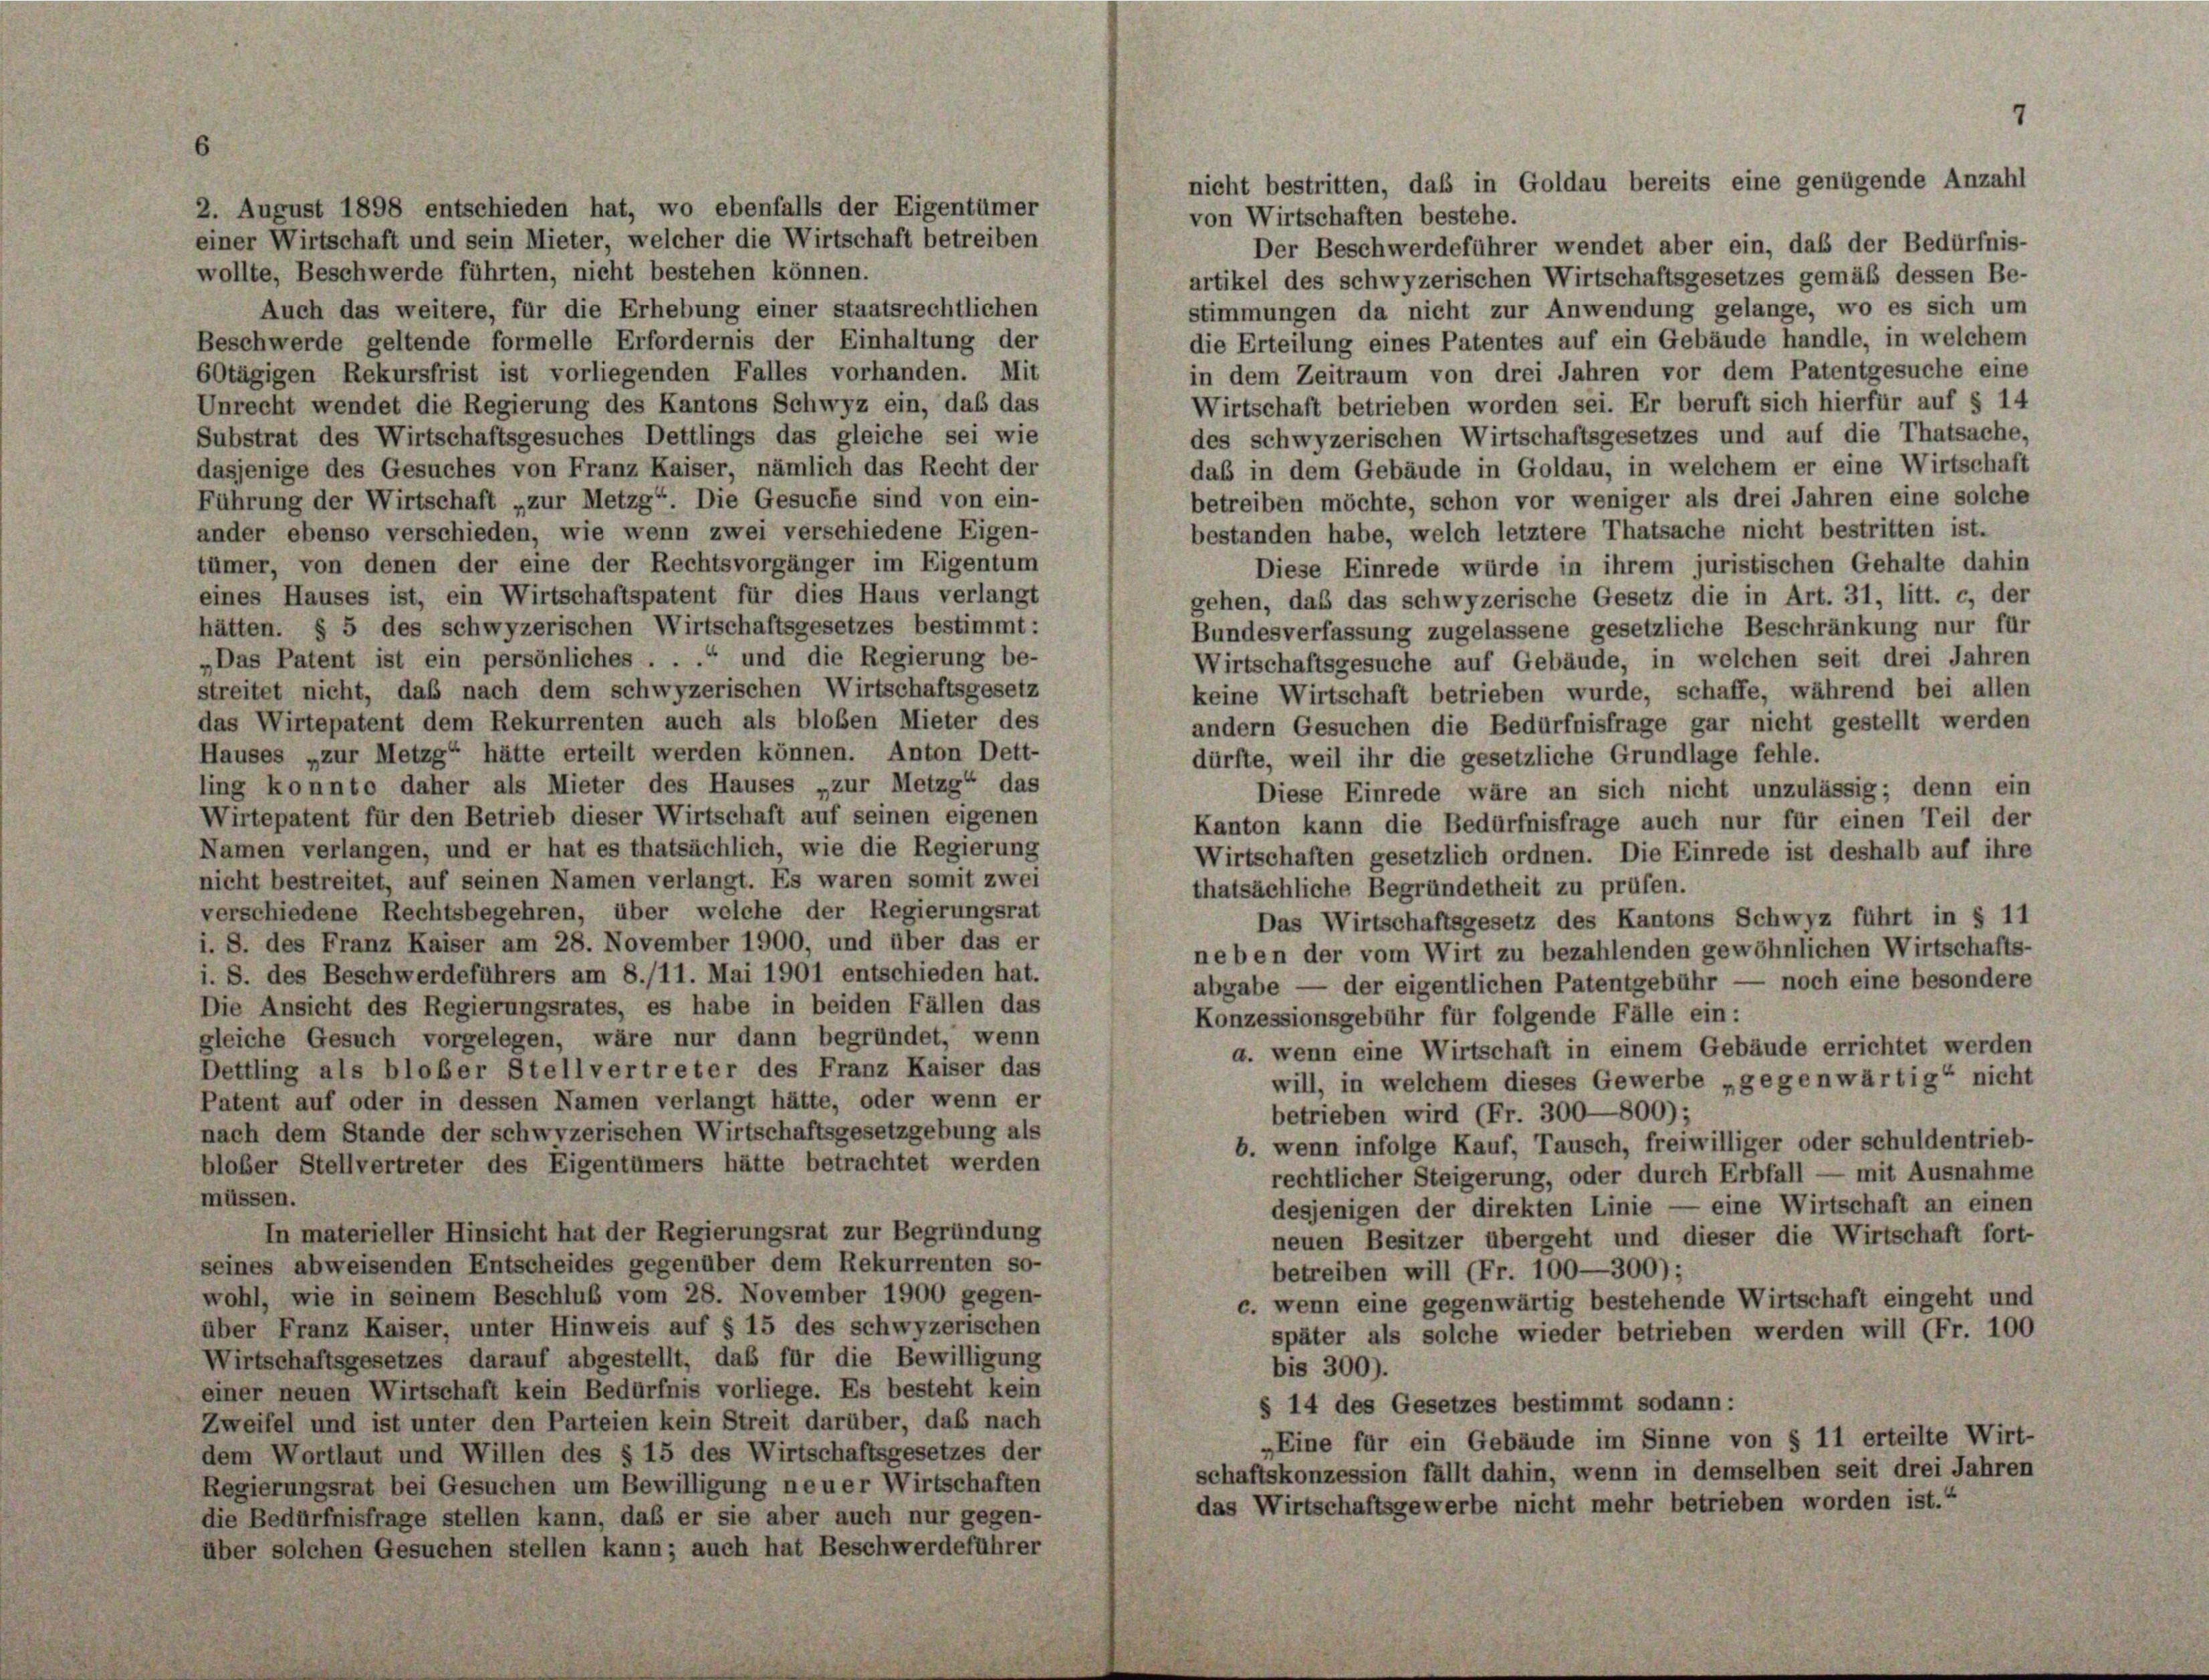
2. August 1898 entschieden hat, wo ebenfalls der Eigentümer
von Wirtschaften bestehe.
einer Wirtschaft und sein Mieter, welcher die Wirtschaft betreiben
wollte, Beschwerde führten, nicht bestehen können.
artikel des schwyzerischen Wirtschaftsgesetzes gemäß dessen Be-
stimmungen da nicht zur Anwendung gelange, wo es sich um
Auch das weitere, für die Erhebung einer staatsrechtlichen
die Erteilung eines Patentes auf ein Gebäude handle, in welchem
Beschwerde geltende formelle Erfordernis der Einhaltung der
in dem Zeitraum von drei Jahren vor dem Patentgesuche eine
60tägigen Rekursfrist ist vorliegenden Falles vorhanden. Mit
Unrecht wendet die Regierung des Kantons Schwyz ein, daß das
des schwyzerischen Wirtschaftsgesetzes und auf die Thatsache,
Substrat des Wirtschaftsgesuches Dettlings das gleiche sei wie
dasjenige des Gesuches von Franz Kaiser, nämlich das Recht der
betreiben möchte, schon vor weniger als drei Jahren eine solche
Führung der Wirtschaft „zur Metzg“. Die Gesuche sind von ein-
ander ebenso verschieden, wie wenn zwei verschiedene Eigen-
bestanden habe, welch letztere Thatsache nicht bestritten ist.
tümer, von denen der eine der Rechtsvorgänger im Eigentum
eines Hauses ist, ein Wirtschaftspatent für dies Haus verlangt
hätten. § 5 des schwyzerischen Wirtschaftsgesetzes bestimmt:
Bundesverfassung zugelassene gesetzliche Beschränkung nur für
„Das Patent ist ein persönliches . . .“ und die Regierung be-
Wirtschaftsgesuche auf Gebäude, in welchen seit drei Jahren
streitet nicht, daß nach dem schwyzerischen Wirtschaftsgesetz
das Wirtepatent dem Rekurrenten auch als bloßen Mieter des
Hauses „zur Metzg“ hätte erteilt werden können. Anton Dett-
dürfte, weil ihr die gesetzliche Grundlage fehle.
ling konnte daher als Mieter des Hauses „zur Metzg“, das
Wirtepatent für den Betrieb dieser Wirtschaft auf seinen eigenen
Namen verlangen, und er hat es thatsächlich, wie die Regierung
Wirtschaften gesetzlich ordnen. Die Einrede ist deshalb auf ihre
nicht bestreitet, auf seinen Namen verlangt. Es waren somit zwei
thatsächliche Begründetheit zu prüfen.
verschiedene Rechtsbegehren, über welche der Regierungsrat
i. S. des Franz Kaiser am 28. November 1900, und über das er
i. S. des Beschwerdeführers am 8./11. Mai 1901 entschieden hat.
Die Ansicht des Regierungsrates, es habe in beiden Fällen das
Konzessionsgebühr für folgende Fälle ein:
gleiche Gesuch vorgelegen, wäre nur dann begründet, wenn
a. wenn eine Wirtschaft in einem Gebäude errichtet werden
Dettling als bloßer Stellvertreter des Franz Kaiser das
will, in welchem dieses Gewerbe „gegenwärtig“ nicht
Patent auf oder in dessen Namen verlangt hätte, oder wenn er
betrieben wird (Fr. 300—800);
nach dem Stande der schwyzerischen Wirtschaftsgesetzgebung als
b. wenn infolge Kauf, Tausch, freiwilliger oder schuldentrieb-
blober Stellvertreter des Eigentümers hätte betrachtet werden
rechtlicher Steigerung, oder durch Erbfall — mit Ausnahme
müssen.
desjenigen der direkten Linie — eine Wirtschaft an einen
In materieller Hinsicht hat der Regierungsrat zur Begründung
neuen Besitzer übergeht und dieser die Wirtschaft fort-
seines abweisenden Entscheides gegenüber dem Rekurrenten so-
betreiben will (Fr. 100—300);
wohl, wie in seinem Beschluß vom 28. November 1900 gegen-
c. wenn eine gegenwärtig bestehende Wirtschaft eingeht und
über Franz Kaiser, unter Hinweis auf § 15 des schwyzerischen
später als solche wieder betrieben werden will (Fr. 100
Wirtschaftsgesetzes darauf abgestellt, daß für die Bewilligung
bis 300).
einer neuen Wirtschaft kein Bedürfnis vorliege. Es besteht kein
§ 14 des Gesetzes bestimmt sodann:
Zweifel und ist unter den Parteien kein Streit darüber, das nach
„Eine für ein Gebäude im Sinne von § 11 erteilte Wirt-
dem Wortlaut und Willen des § 15 des Wirtschaftsgesetzes der
schaftskonzession fällt dahin, wenn in demselben seit drei Jahren
Regierungsrat bei Gesuchen um Bewilligung neuer Wirtschaften
das Wirtschaftsgewerbe nicht mehr betrieben worden ist.“
die Bedürfnisfrage stellen kann, daß er sie aber auch nur gegen-
über solchen Gesuchen stellen kann; auch hat Beschwerdeführer

nicht bestritten, daß in Goldau bereits eine genügende Anzahl

Der Beschwerdeführer wendet aber ein, daß der Bedürfnis-
Wirtschaft betrieben worden sei. Er beruft sich hierfür auf § 14
das in dem Gebäude in Goldau, in welchem er eine Wirtschaft
Diese Einrede würde in ihrem juristischen Gehalte dahin
gehen, das das schwyzerische Gesetz die in Art. 31, litt. c, der
keine Wirtschaft betrieben wurde, schaffe, während bei allen
andern Gesuchen die Bedürfnisfrage gar nicht gestellt werden
Diese Einrede wäre an sich nicht unzulässig; denn ein
Kanton kann die Bedürfnisfrage auch nur für einen Teil der
Das Wirtschaftsgesetz des Kantons Schwyz führt in § 11
neben der vom Wirt zu bezahlenden gewöhnlichen Wirtschafts-
abgabe — der eigentlichen Patentgebühr — noch eine besondere